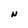
Character: N